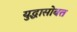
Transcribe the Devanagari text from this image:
युद्धासोबत